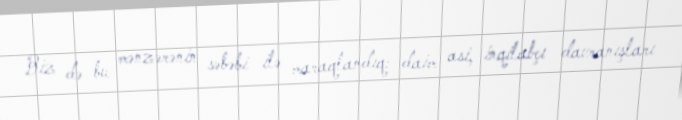
Biz də bu mənzərənin səbəbi ilə maraqlandıq: daim asi, inqilabçı davranışları